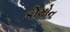
કોમોન